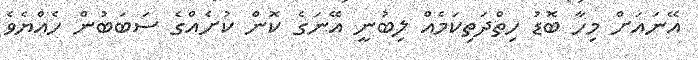
އޭނައަށް މިހާ ބޮޑު ހިތްދަތިކަމެއް ލިބުނީ އޭނަގެ ކޮން ކުށެއްގެ ސަބަބުން ހެއްޔެވެ